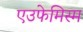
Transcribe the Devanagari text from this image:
एउफेमिस्म